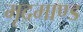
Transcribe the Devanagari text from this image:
मृदमाण्ड